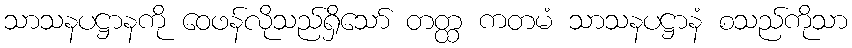
သာသနပဋ္ဌာနကို ဝေဖန်လိုသည်ရှိသော် တတ္ထ ကတမံ သာသနပဋ္ဌာနံ စသည်ကိုသာ